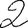
Digit: 2